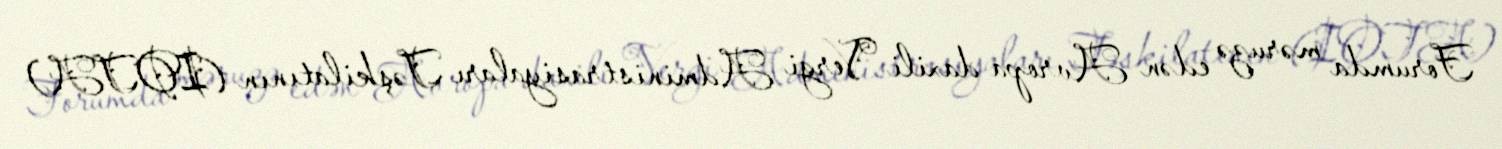
Forumda məruzə edən Avropa daxili Vergi Administrasiyaları Təşkilatının (IOTA)